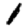
Digit: 1